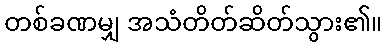
တစ်ခဏမျှ အသံတိတ်ဆိတ်သွား၏။